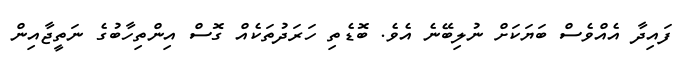
ފައިދާ އެއްވެސް ބަޔަކަށް ނުލިބޭނެ އެވެ. ބޮޑެތި ހަރަދުތަކެއް ގޮސް އިންތިހާބުގެ ނަތީޖާއިން